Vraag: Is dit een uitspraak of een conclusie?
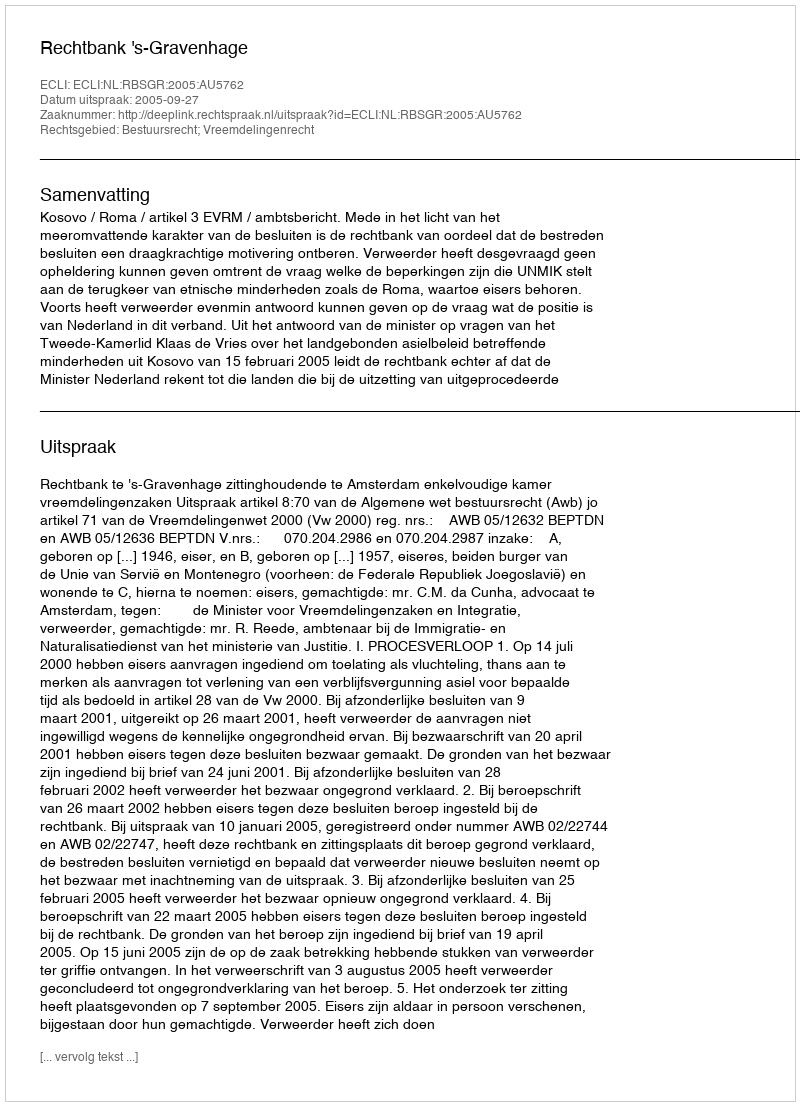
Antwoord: Uitspraak